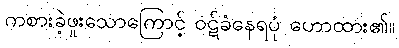
ကစားခဲ့ဖူးသောကြောင့် ဝဋ်ခံနေရပုံ ဟောထား၏။